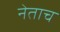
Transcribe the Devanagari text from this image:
नेताच